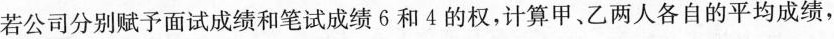
若公司分别赋予面试成绩和笔试成绩6和4的权，计算甲、乙两人各自的平均成绩，